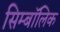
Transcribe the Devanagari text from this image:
सिम्बॉलिक